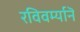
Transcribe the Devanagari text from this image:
रविवर्म्यानॆ